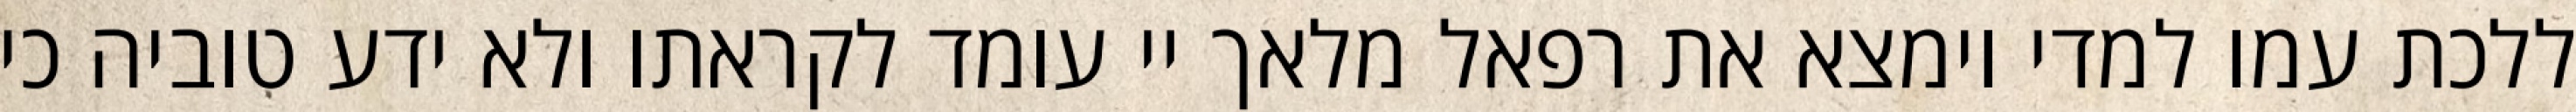
ללכת עמו למדי וימצא את רפאל מלאך יי עומד לקראתו ולא ידע טוביה כי